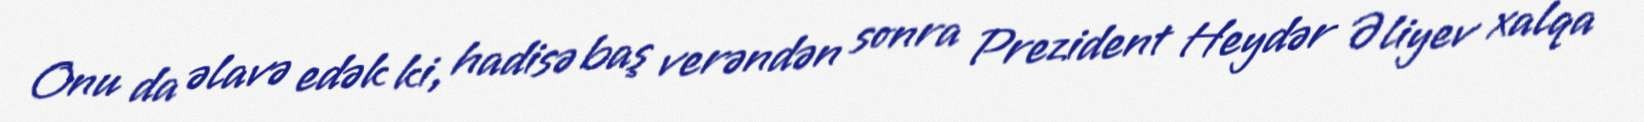
Onu da əlavə edək ki, hadisə baş verəndən sonra Prezident Heydər Əliyev xalqa